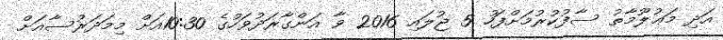
އަދި މަޢުލޫމާތު ސާފުކުރުމަށްފަހު 5 ޖުލައި 2016 ވާ އަންގާރަދުވަހުގެ 10:30އަށް މިމަދަރުސާއަށް